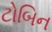
ટોબિન